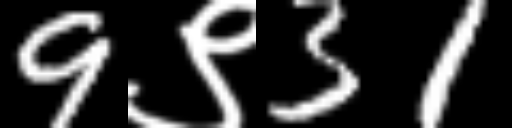
Text: 9९31